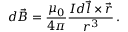
d { \vec { B } } = { \frac { \mu _ { 0 } } { 4 \pi } } { \frac { I d { \vec { l } } \times { \vec { r } } } { r ^ { 3 } } } \, .